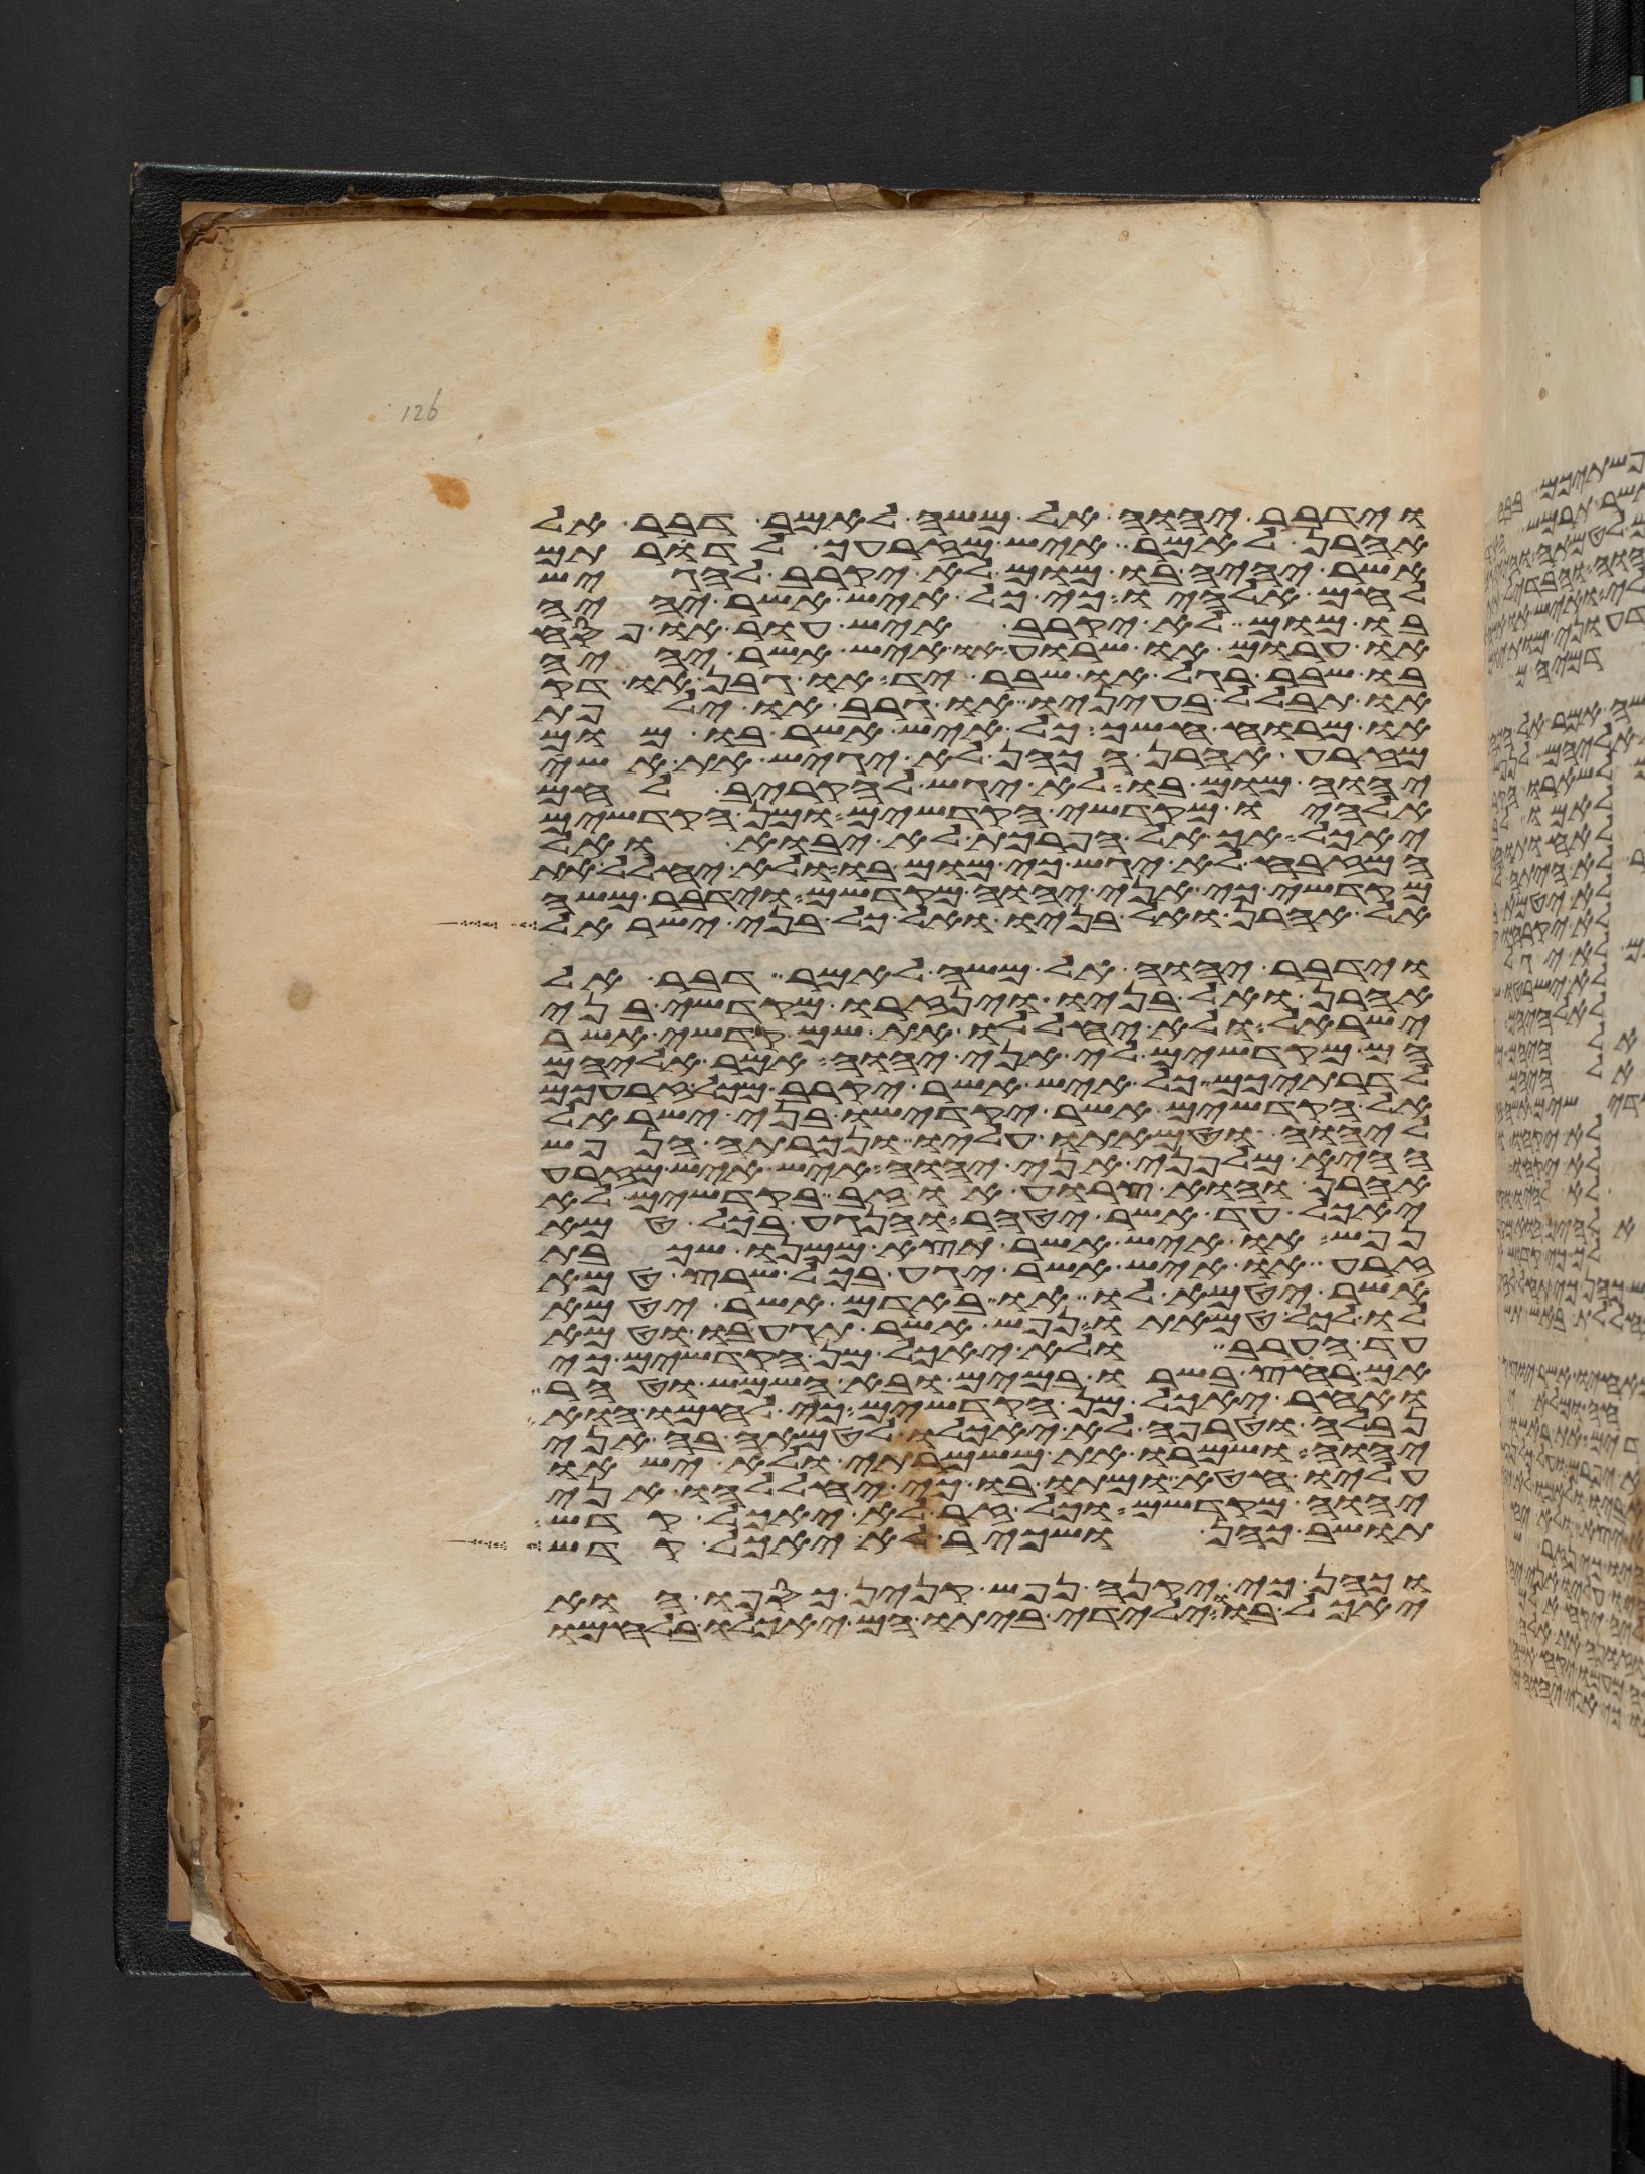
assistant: וידבר יהוה אל משה לאמר דבר אל
אהרן לאמר איש מזרעך לדרותם
אשר יהיה בו מום לא יקרב להגיש
לחם אלהיו כי כל איש אשר יהיה
בו מום לא יקרב איש עור או פסח
או חרום או שרוע או איש אשר יהיה
בו שבר רגל או שבר יד או גבן או דק
או תבלל בעיניו או גרב או ילפת
או מרוח אשך כל איש אשר בו מום
מזרע אהרן הכהן לא יגיש את אשי
יהוה מום בו לא יגש להקריב לחם
אלהיו מקדשי הקדשים ומן הקדשים
יאכל אך אל הפרכת לא יבוא ואל
המזבח לא יגש כי מום בו ולא יחלל את
מקדשי כי אני יהוה מקדשם וידבר משה
אל אהרן ואל בניו ואל כל בני ישראל
וידבר יהוה אל משה לאמר דבר אל
אהרן ואל בניו וינזרו מקדשי בני
ישראל ולא יחללו את שם קדשי אשר
הם מקדישים לי אני יהוה אמר אליהם
לדרתיכם כל איש אשר יקרב מכל זרעכם
אל הקדשים אשר יקדישו בני ישראל
ליהוה וטמאתו עליו ונכרתה הנפש
ההיא מלפני אני יהוה איש איש מזרע
אהרן והוא צרוע או זב בקדשים לא
יאכל עד אשר יטהר והנגע בכל טמא
נפש או איש אשר תצא ממנו שכבת
זרע או איש אשר יגע בכל שרץ טמא
אשר יטמא לו או באדם אשר יטמא
לו לכל טמאתו נפש אשר תגע בו וטמא
עד הערב ולא יאכל מן הקדשים כי
אם רחץ בשרו במים ובא השמש וטהר
ואחר יאכל מן הקדשים כי לחמו הוא
נבלה וטרפה לא יאכלו לטמאה בה אני
יהוה ושמרו את משמרתי ולא ישאו
עליו חטא ומתו בו כי יחללהו אני
יהוה מקדשם וכל זר לא יאכל קדש
תושב כהן ושכיר לא יאכל קדש
וכהן כי יקנה נפש קנין כספו הוא
יאכל בו וילידי ביתו הם יאכלו בלחמו